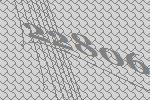
22806